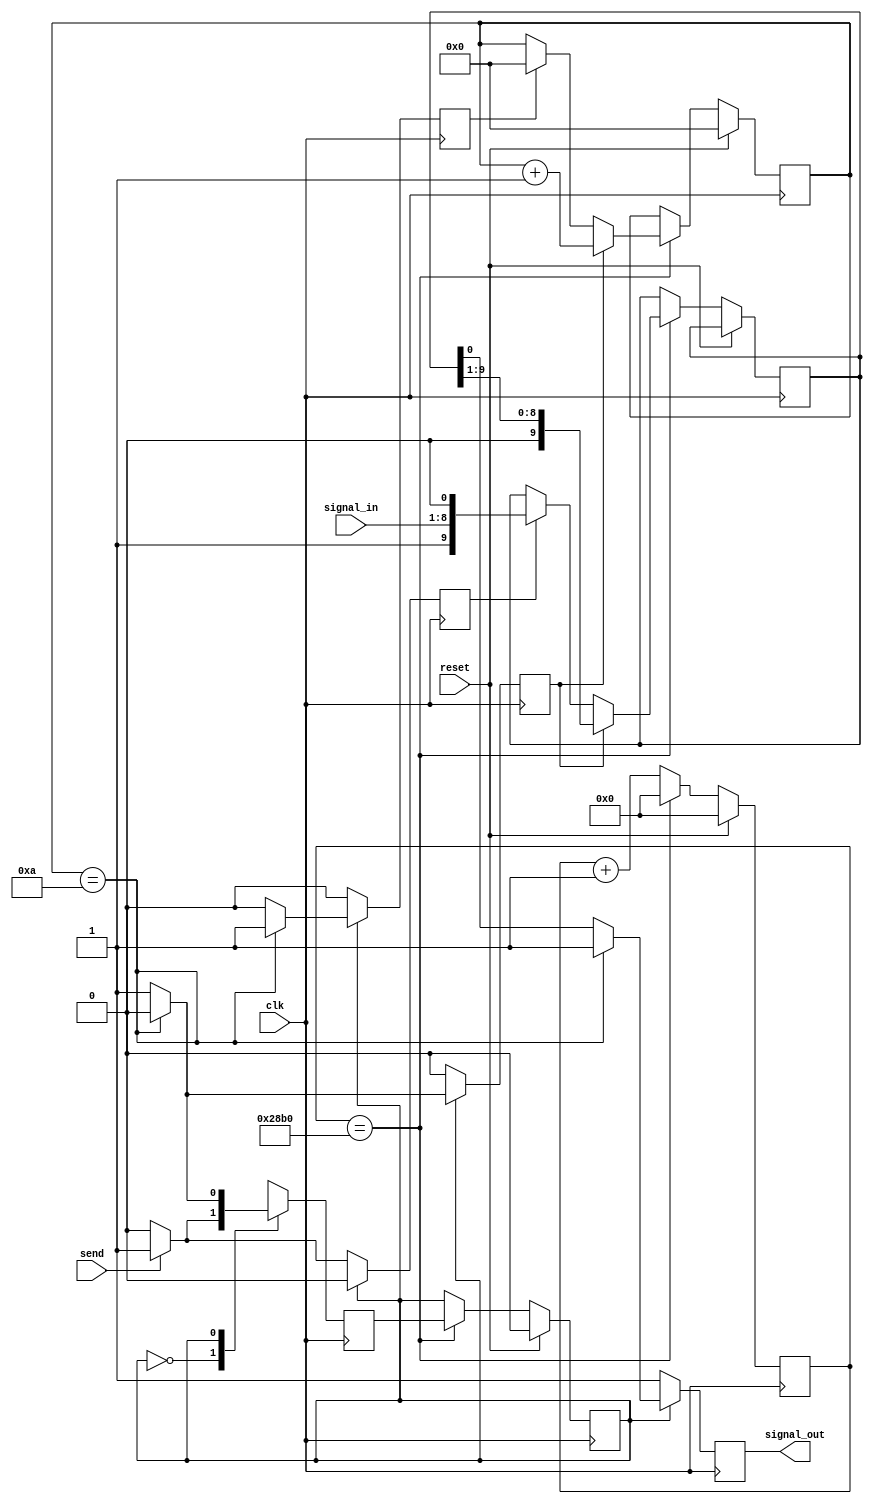
`timescale 1ns / 1ps
//////////////////////////////////////////////////////////////////////////////////
// Company: 
// Engineer: 
// 
// Design Name: 
// Module Name: UART_TX
// Project Name: 
// Target Devices: 
// Tool Versions: 
// Description: 
// 
// Dependencies: 
// 
// Revision:
// Revision 0.01 - File Created
// Additional Comments: adapted from Electronics with prof. Mughal on YouTube (link below)
// https://www.youtube.com/watch?v=Fms2Qwkbu1g&t=1689s
// 
//////////////////////////////////////////////////////////////////////////////////


module UART_TX(
    input clk,
    input [7:0] signal_in,
    input send,
    input reset,
    output reg signal_out
    );
    
parameter baud_max = 10416; // (clockspeed / baudrate) - 1  (100MHz/9600) - 1 in this case
    
reg [3:0] bit_counter; // counts number of bits sent - 1 to start - 8 bits (1 byte) of data - 1 to stop
reg [13:0] baudrate_counter; //10,415 counters for 9600 baud
reg [9:0] shiftright; //10-bits serially transmitted to 
reg cur_state, next_state; // state machine to switch idle and transmit mode.
reg shift; // shift dignal to start sending bits to the UART
reg load; //  signal to load data into the register and add headder and footer bits
reg clear; // resets bit counter;

//UART transmission 
always @(posedge clk) begin
    if (reset) begin
        cur_state <= 0; // idle state
        bit_counter <= 0; // preped for next transmission
        baudrate_counter <= 0; // preped for next transmission
    end
    else begin
        baudrate_counter <= baudrate_counter + 1;
        if (baudrate_counter == baud_max) begin
            cur_state <= next_state; // switched from idle to transmit
            baudrate_counter <= 0;
            if(load)
                shiftright <= {1'b1, signal_in , 1'b0}; // data loaded and prefix and suffix appended         
            if(clear) 
                bit_counter <= 0;
            if(shift) begin
                shiftright <= shiftright >> 1; // transmits data one bit at a time
                bit_counter <= bit_counter + 1;
                end
        end
    end
end 
           
//State Machine
always @(posedge clk) begin
    load <= 0;
    shift <= 0;
    clear <= 0;
    signal_out <= 1;

    case(cur_state)
        0: begin
            if(send) begin
                next_state <=1;
                load <= 1; //start loading bits
                shift <= 0;
                clear <= 0; // avoid accidental clearing
            end
            else begin
                next_state <= 0; //stay in idle mode
                signal_out <= 1;
            end
        end
        1: begin
            if(bit_counter == 10) begin
                next_state <= 0; //bit sent, switch from transmit to idle
                clear <= 1; // clear counters;
            end 
            else begin
               next_state <= 1; //stay in transmit 
               signal_out <= shiftright[0];
               shift <= 1; //keep shifting
            end
         end
         default: next_state <= 0;
     endcase
 end          
           
endmodule